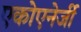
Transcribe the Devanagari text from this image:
एकोएनेर्जी